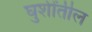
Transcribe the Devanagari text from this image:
घुशींतील